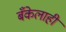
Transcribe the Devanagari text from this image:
बँकेलाही